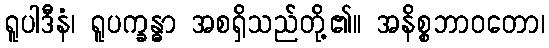
ရူပါဒီနံ၊ ရူပက္ခန္ဓာ အစရှိသည်တို့၏။ အနိစ္စဘာဝတော၊